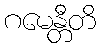
ဂမေန္တီတိ